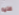
عليه